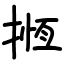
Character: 揯